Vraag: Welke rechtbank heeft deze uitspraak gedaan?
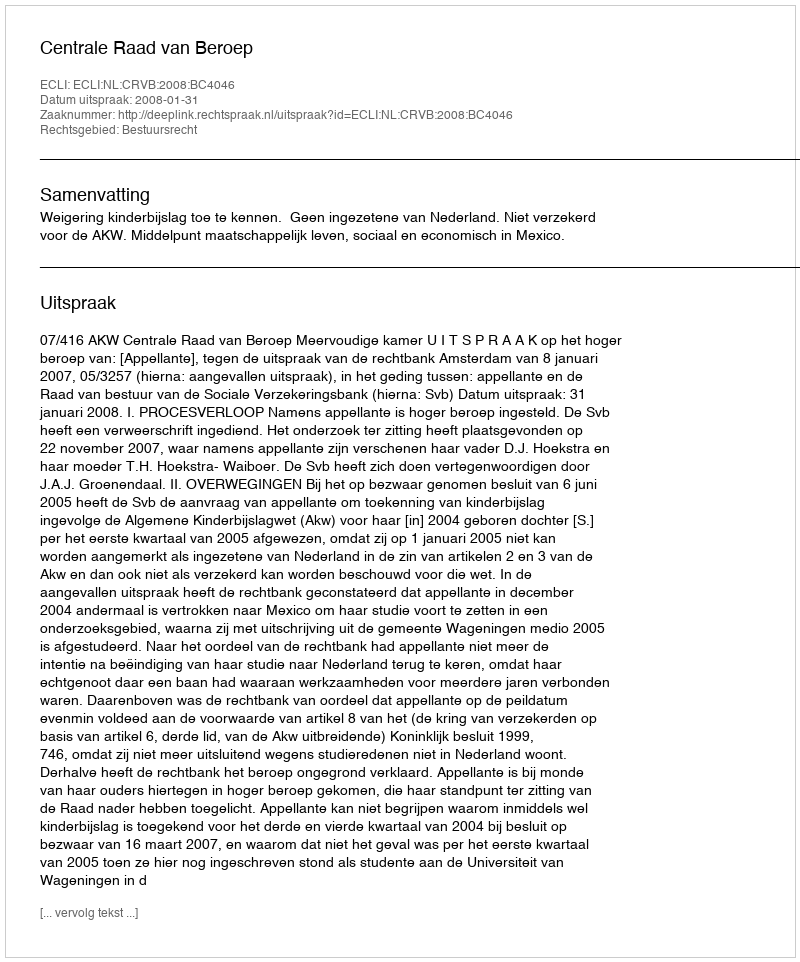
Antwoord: Centrale Raad van Beroep